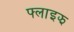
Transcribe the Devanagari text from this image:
फ्लाइझ